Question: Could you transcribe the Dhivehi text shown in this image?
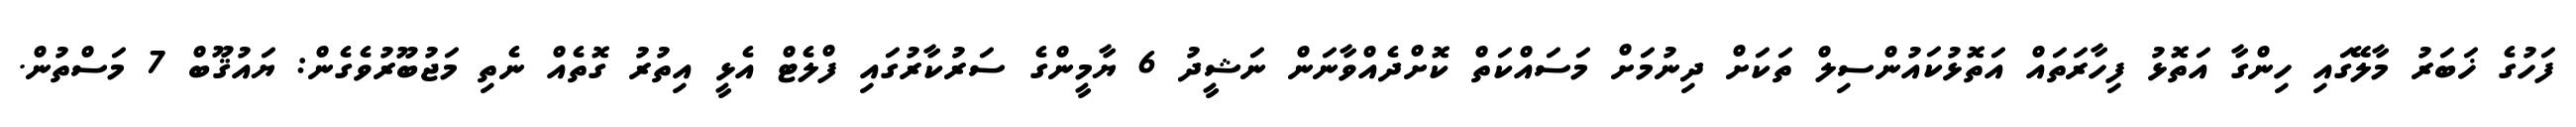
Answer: ފަހުގެ ޚަބަރު މާލޭގައި ހިންގާ އަތޮޅު ފިހާރަތައް އަތޮޅުކައުންސިލް ތަކަށް ދިނުމަށް މަސައްކަތް ކޮށްދެއްވާނަން ނަޝީދު 6 ޔާމީންގެ ސަރުކާރުގައި ފްލެޓް އެޅީ އިތުރު ގޮތެއް ނެތި މަޖުބޫރުވެގެން: ޔައުޤޫބް 7 މަސްތުން.